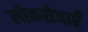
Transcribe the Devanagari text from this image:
लोकसेवाएँ